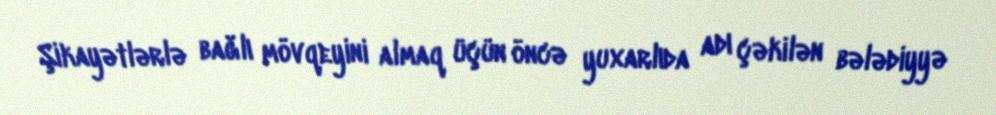
Şikayətlərlə bağlı mövqeyini almaq üçün öncə yuxarlıda adı çəkilən bələdiyyə